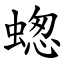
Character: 䗓